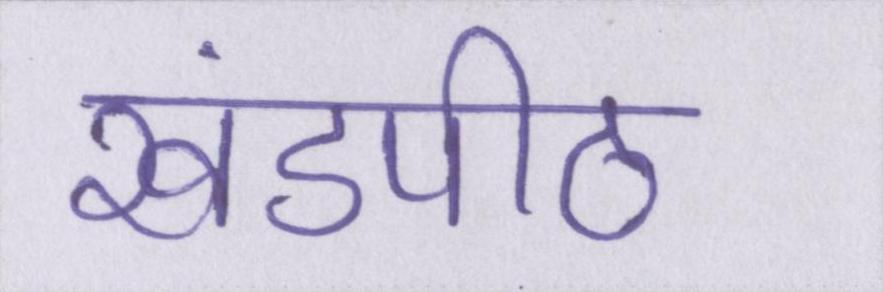
खंडपीठ